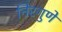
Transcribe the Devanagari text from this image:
निरगुणे